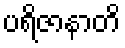
ပရိဇာနာတိ